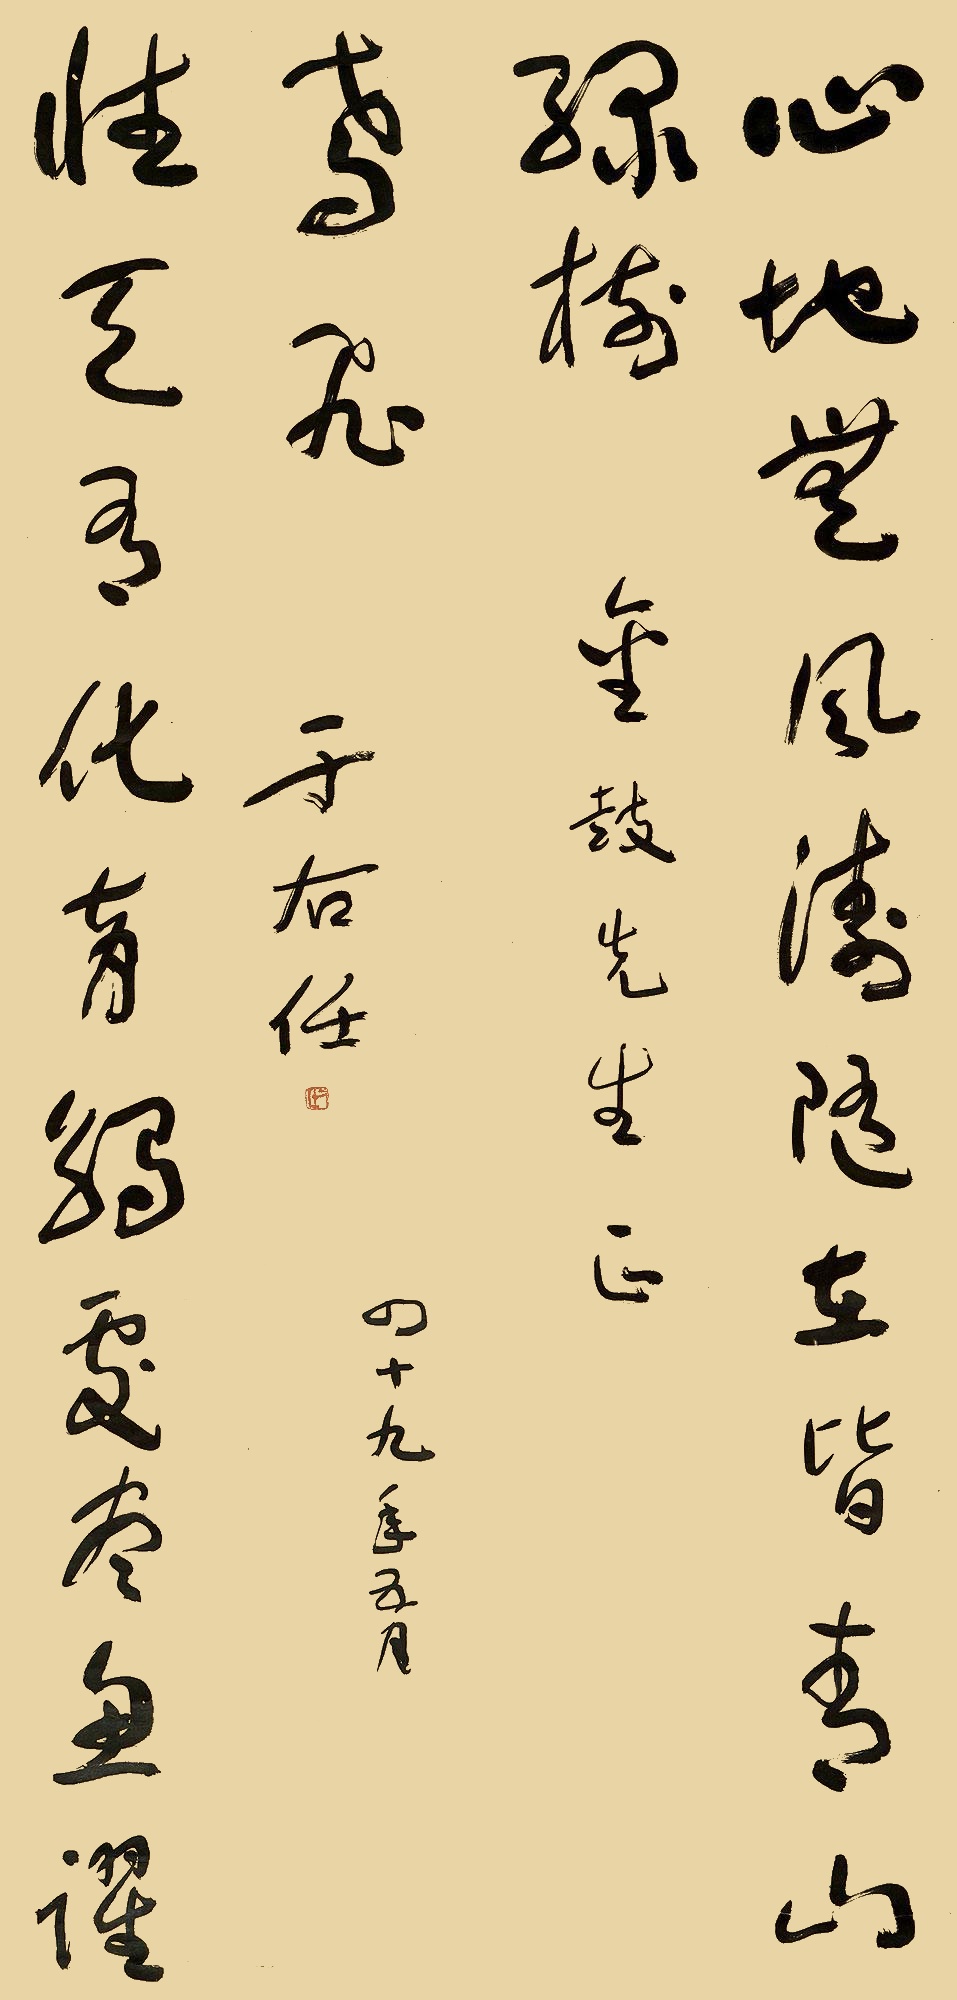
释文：心地无风涛随在皆青山绿树；性天有化育触处尽鱼跃鸢飞。金鼓先生正，于右任，四十九年五月。